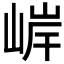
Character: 𫶂